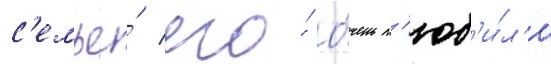
с'емье́ его́ о́чень л'юб'и́л'и